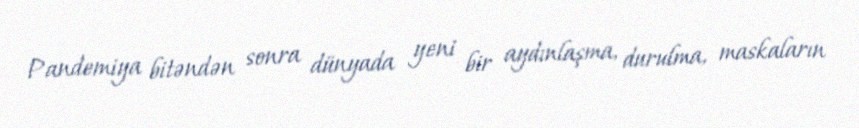
Pandemiya bitəndən sonra dünyada yeni bir aydınlaşma, durulma, maskaların